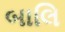
બાલિ